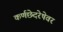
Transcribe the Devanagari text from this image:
कर्णछेदरेषेवर